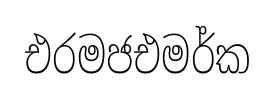
එරමජඑමර්ක